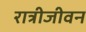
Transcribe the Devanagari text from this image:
रात्रीजीवन